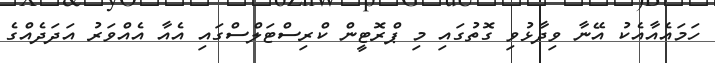
ހަމައެއާއެކު އޭނާ ވިދާޅުވި ގޮތުގައި މި ޕްރޮޓީން ކްރިސްޓަލްސްގައި އެއާ އެއްވަރު އަދަދެއްގެ